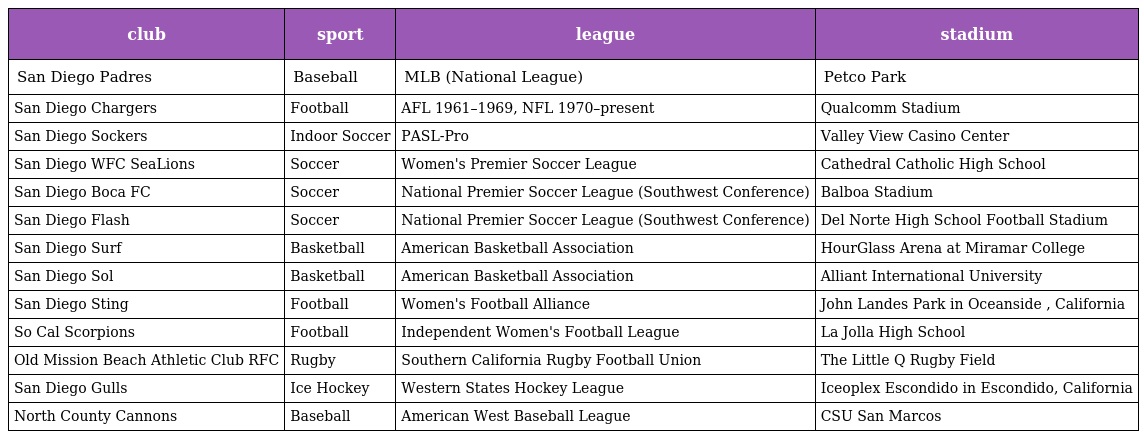
| club | sport | league | stadium |
 | --- | --- | --- | --- |
 | San Diego Padres | Baseball | MLB (National League) | Petco Park |
 | San Diego Chargers | Football | AFL 1961–1969, NFL 1970–present | Qualcomm Stadium |
 | San Diego Sockers | Indoor Soccer | PASL-Pro | Valley View Casino Center |
 | San Diego WFC SeaLions | Soccer | Women's Premier Soccer League | Cathedral Catholic High School |
 | San Diego Boca FC | Soccer | National Premier Soccer League (Southwest Conference) | Balboa Stadium |
 | San Diego Flash | Soccer | National Premier Soccer League (Southwest Conference) | Del Norte High School Football Stadium |
 | San Diego Surf | Basketball | American Basketball Association | HourGlass Arena at Miramar College |
 | San Diego Sol | Basketball | American Basketball Association | Alliant International University |
 | San Diego Sting | Football | Women's Football Alliance | John Landes Park in Oceanside , California |
 | So Cal Scorpions | Football | Independent Women's Football League | La Jolla High School |
 | Old Mission Beach Athletic Club RFC | Rugby | Southern California Rugby Football Union | The Little Q Rugby Field |
 | San Diego Gulls | Ice Hockey | Western States Hockey League | Iceoplex Escondido in Escondido, California |
 | North County Cannons | Baseball | American West Baseball League | CSU San Marcos |